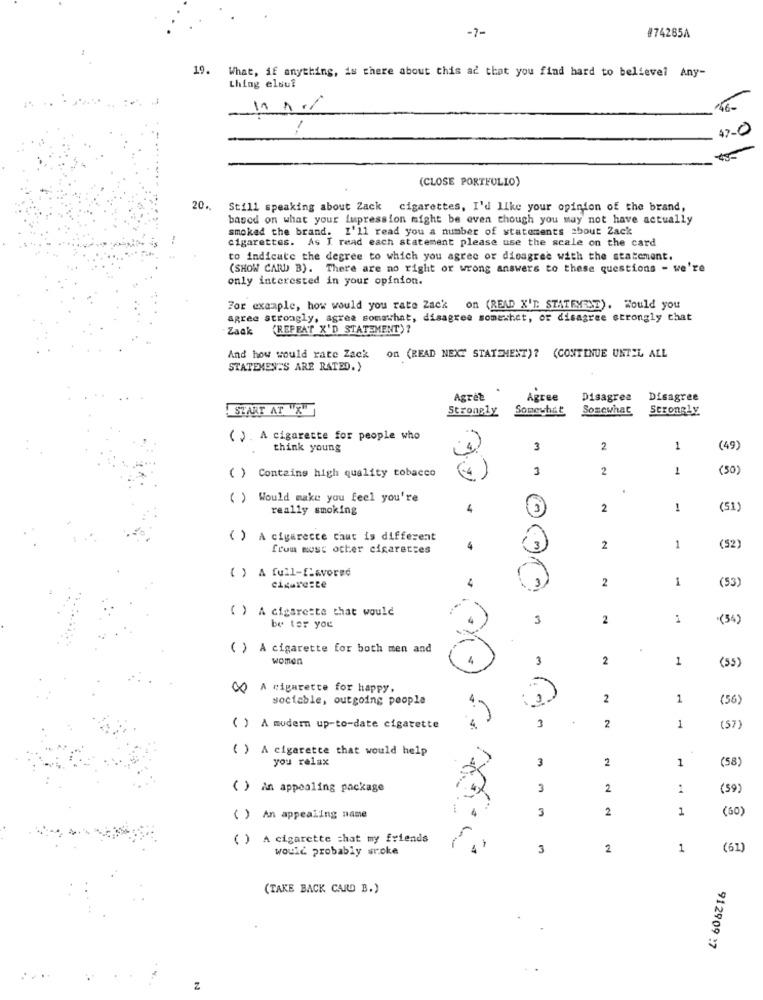
-7-
#74285A
19.
What, if anything, is there about this ad that you find hard to believe? Any-
thing elout
16-
47-0
(CLOSE PORTFOLIO)
20 .. Still speaking about Zack cigarettes, I'd like your opinion of the brand,
based on what your Impression might be even though you may not have actually
smoked the brand. I'll read you a number of statements about Zack
cigarettes. As I read each statement please use the scale on the card
to indicate the degree to which you agree or disagree with the statement.
(SHOW CARD B). There are no right or wrong answers to these questions - we're
only interested in your opinion.
For example, how would you rate Zack on (READ X'D STATEMENT). Would you
agree strongly, agree somethat, disagree somewhat, or disagree strongly chat
Zack
(REFEAT X'D STATEMENT) ?
And how would rate Zack
On (READ NEXT STATEMENT) ? (CONTINUE UNTIL ALL
STATEMENTS ARE RATED. )
.
Agree
Agree
Disagree
Disagree
START AT "X"
Strongly
Somewhat
Somewhat
Strongly
( ). A cigarette for people who
think young
3
2
1
49)
3
2
1
50)
( ) Contains high quality tobacco
( ) Would make you feel you're
really smoking
4
3
2
1
(51)
( ) A cigarette caut is different
from most other cigarettes
4
3 .
2
1
(52)
( ) A full-favored
cigarezte
4
2
1
(53)
( ) A cigarette that would
3
2
(34)
be ter you
( ) A cigarette for both men and
women
3
2
1
(55)
CO A cigarette for happy,
sociable, outgoing people
2
1
(56)
1
2
( ) A modern up-to-date cigarette
1
(57
( ) A cigarette that would help
you relax
3
2
1
(58)
( ) An appealing package
3
2
1
(59)
2
1
(60)
( ) An appealing name
3
( ) A cigarette chat my friends
would probably sroke
3
2
1
(61)
(TAKE BACK CAD B.)
912909 :7
2